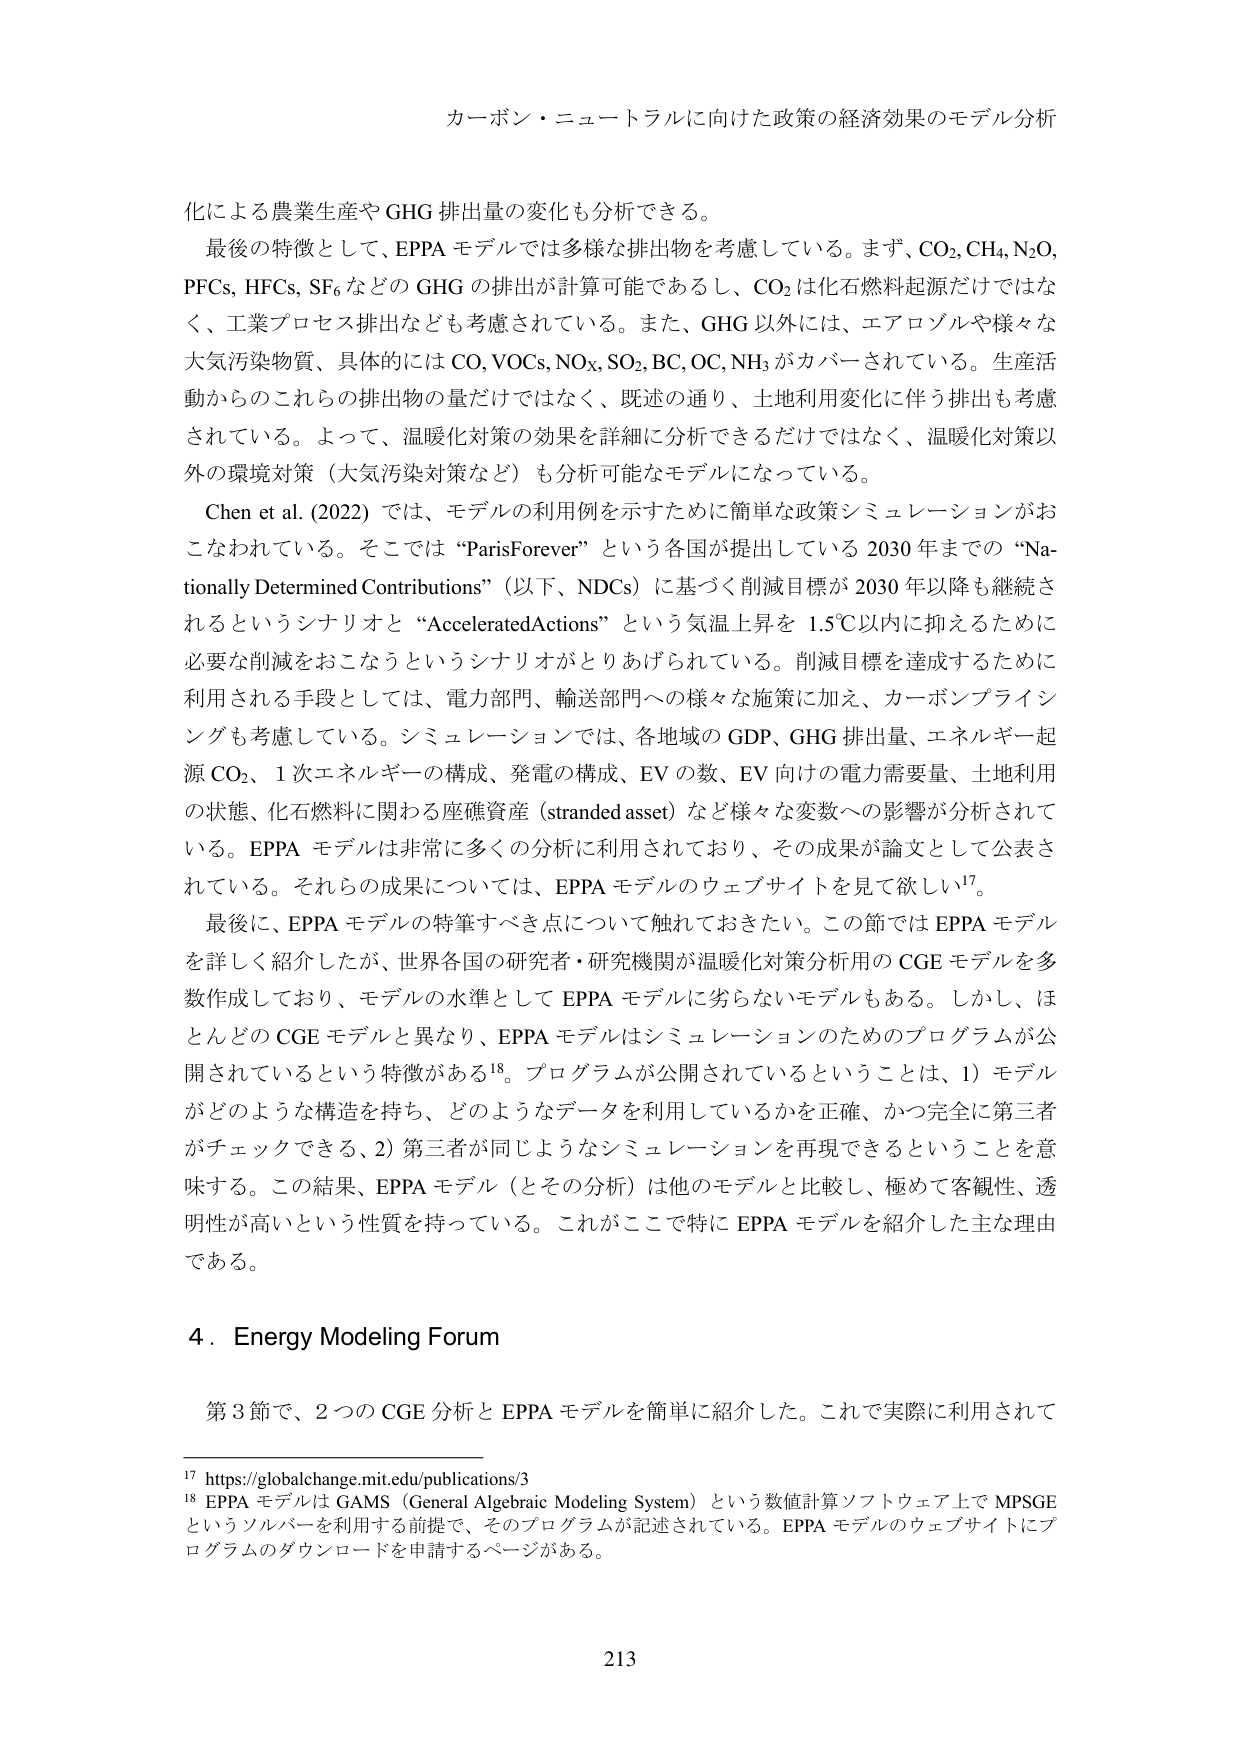
カーボン・ニュートラルに向けた政策の経済効果のモデル分析

化による農業生産や GHG 排出量の変化も分析できる。
最後の特徴として、EPPA モデルでは多様な排出物を考慮している。まず、CO₂, CH₄, N₂O, PFCs, HFCs, SF₆ などの GHG の排出が計算可能であるし、CO₂ は化石燃料起源だけではなく、工業プロセス排出なども考慮されている。また、GHG 以外には、エアロゾルや様々な大気汚染物質、具体的には CO, VOCs, NOx, SO₂, BC, OC, NH₃ がカバーされている。生産活動からのこれらの排出物の量だけではなく、既述の通り、土地利用変化に伴う排出も考慮されている。よって、温暖化対策の効果を詳細に分析できるだけではなく、温暖化対策以外の環境対策（大気汚染対策など）も分析可能なモデルになっている。

Chen et al. (2022) では、モデルの利用例を示すために簡単な政策シミュレーションがおこなわれている。そこでは “ParisForever” という各国が提出している 2030 年までの “Nationally Determined Contributions”（以下、NDCs）に基づく削減目標が 2030 年以降も継続されるというシナリオと “AcceleratedActions” という気温上昇を 1.5℃以内に抑えるために必要な削減をおこなうというシナリオがとりあげられている。削減目標を達成するために利用される手段としては、電力部門、輸送部門への様々な施策に加え、カーボンプライシングも考慮している。シミュレーションでは、各地域の GDP、GHG 排出量、エネルギー起源 CO₂、1 次エネルギーの構成、発電の構成、EV の数、EV 向けの電力需要量、土地利用の状態、化石燃料に関わる座礁資産（stranded asset）など様々な変数への影響が分析されている。EPPA モデルは非常に多くの分析に利用されており、その成果が論文として公表されている。それらの成果については、EPPA モデルのウェブサイトを見て欲しい¹⁷。

最後に、EPPA モデルの特筆すべき点について触れておきたい。この節では EPPA モデルを詳しく紹介したが、世界各国の研究者・研究機関が温暖化対策分析用の CGE モデルを多数作成しており、モデルの水準として EPPA モデルに劣らないモデルもある。しかし、ほとんどの CGE モデルと異なり、EPPA モデルはシミュレーションのためのプログラムが公開されているという特徴がある¹⁸。プログラムが公開されているということは、1）モデルがどのような構造を持ち、どのようなデータを利用しているかを正確、かつ完全に第三者がチェックできる、2）第三者が同じようなシミュレーションを再現できるということを意味する。この結果、EPPA モデル（とその分析）は他のモデルと比較し、極めて客観性、透明性が高いという性質を持っている。これがここで特に EPPA モデルを紹介した主な理由である。

4. Energy Modeling Forum

第 3 節で、2 つの CGE 分析と EPPA モデルを簡単に紹介した。これで実際に利用されて

¹⁷ https://globalchange.mit.edu/publications/3
¹⁸ EPPA モデルは GAMS（General Algebraic Modeling System）という数値計算ソフトウェア上で MPSGE というソルバーを利用する前提で、そのプログラムが記述されている。EPPA モデルのウェブサイトにプログラムのダウンロードを申請するページがある。

213